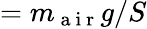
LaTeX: =m_{\mathrm{~a~i~r~}}g/S